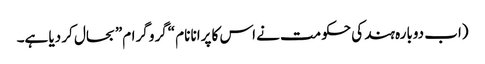
(اب دوبارہ ہند کی حکومت نے اس کا پرانا نام “گرو گرام” بحال کر دیا ہے۔